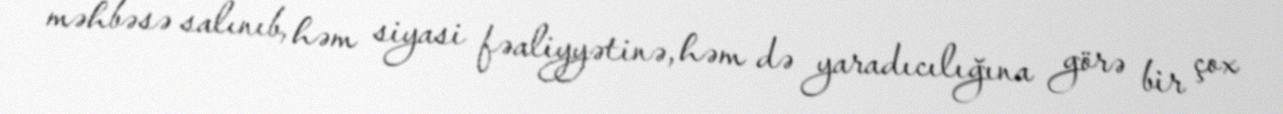
məhbəsə salınıb, həm siyasi fəaliyyətinə, həm də yaradıcılığına görə bir çox